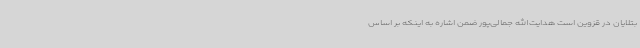
بتلایان در قزوین است هدایت‌الله جمالی‌پور ضمن اشاره به اینکه بر اساس